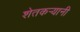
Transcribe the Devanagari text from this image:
शेतकऱ्यानी